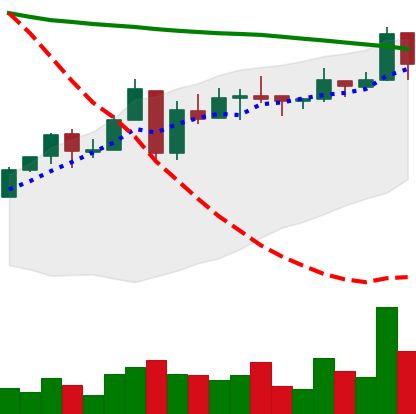
Ticker: ETC-USD
Chart end date: 2018-05-07
Forward return: -23.217%
Label: down_7plus